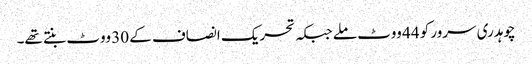
چوہدری سرور کو 44 ووٹ ملے جبکہ تحریک انصاف کے 30 ووٹ بنتے تھے۔